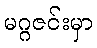
မဂ္ဂဇင်းမှာ